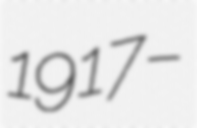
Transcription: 1917 –